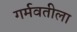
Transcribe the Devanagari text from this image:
गर्मवतीला